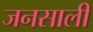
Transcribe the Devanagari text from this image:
जनसाली